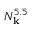
N _ { \mathbf k } ^ { 5 . 5 }